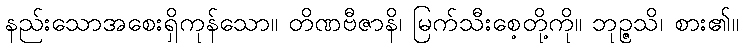
နည်းသောအစေးရှိကုန်သော။ တိဏဗီဇာနိ၊ မြက်သီးစေ့တို့ကို။ ဘုဉ္ဇသိ၊ စား၏။